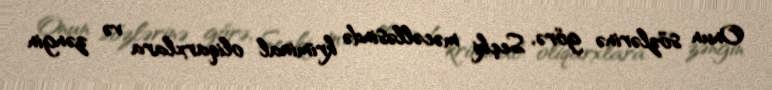
Onun sözlərinə görə, Seçki məcəlləsində kriminal oliqarxlara və zəngin